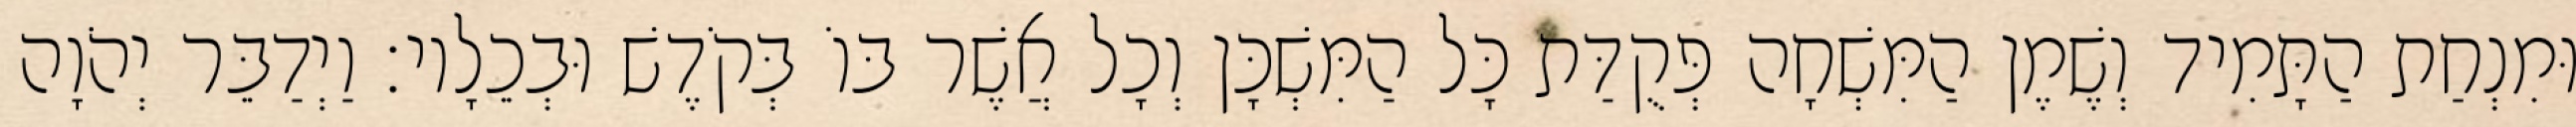
וּמִנְחַת הַתָּמִיד וְשֶׁמֶן הַמִּשְׁחָה פְּקֻדַּת כָּל הַמִּשְׁכָּן וְכָל אֲשֶׁר בּוֹ בְּקֹדֶשׁ וּבְכֵלָיו׃ וַיְדַבֵּר יְהֹוָה